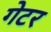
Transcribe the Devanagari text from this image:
गेटर